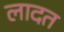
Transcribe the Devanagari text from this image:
लादत